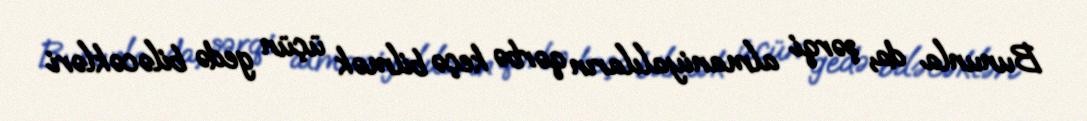
Bununla da, şərqi almaniyalıların qərbə keçə bilmək üçün gedə biləcəkləri